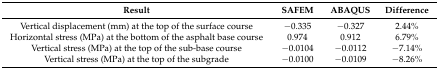
<table><thead><tr><td><b>Result</b></td><td><b>SAFEM</b></td><td><b>ABAQUS</b></td><td><b>Difference </b></td></tr></thead><tbody><tr><td>Vertical displacement (mm) at the top of the surface course</td><td>−0.335</td><td>−0.327</td><td>2.44%</td></tr><tr><td>Horizontal stress (MPa) at the bottom of the asphalt base course</td><td>0.974</td><td>0.912</td><td>6.79%</td></tr><tr><td>Vertical stress (MPa) at the top of the sub-base course</td><td>−0.0104</td><td>−0.0112</td><td>−7.14%</td></tr><tr><td>Vertical stress (MPa) at the top of the subgrade</td><td>−0.0100</td><td>−0.0109</td><td>−8.26%</td></tr></tbody></table>